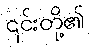
၎င်းတို့၏